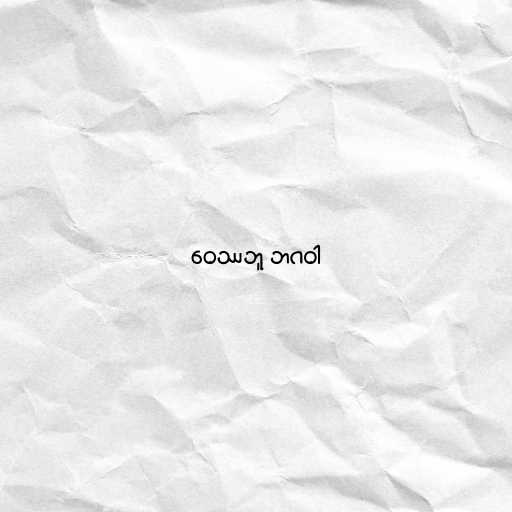
ဝေဿဘူ ဘဂဝါ